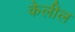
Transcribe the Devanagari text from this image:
केलील